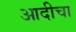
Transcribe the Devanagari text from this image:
आदीचा